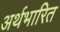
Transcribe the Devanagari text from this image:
अर्थभारित